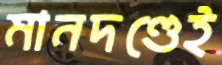
মানদণ্ডেই